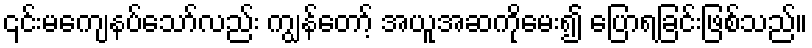
၎င်းမကျေနပ်သော်လည်း ကျွန်တော့် အယူအဆကိုမေး၍ ပြောရခြင်းဖြစ်သည်။